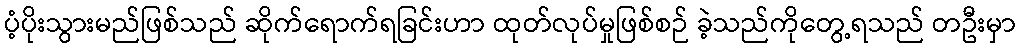
ပံ့ပိုးသွားမည်ဖြစ်သည် ဆိုက်ရောက်ရခြင်းဟာ ထုတ်လုပ်မှုဖြစ်စဉ် ခဲ့သည်ကိုတွေ့ရသည် တဦးမှာ